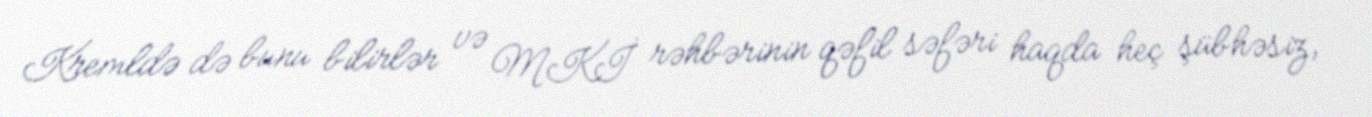
Kremldə də bunu bilirlər və MKİ rəhbərinin qəfil səfəri haqda heç şübhəsiz,